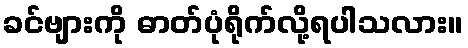
ခင်ဗျားကို ဓာတ်ပုံရိုက်လို့ရပါသလား။